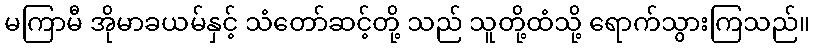
မကြာမီ အိုမာခယမ်နှင့် သံတော်ဆင့်တို့ သည် သူတို့ထံသို့ ရောက်သွားကြသည်။